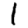
Digit: 1